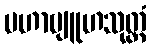
မဟာဗျူဟသုတ္တံ